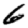
Digit: 6